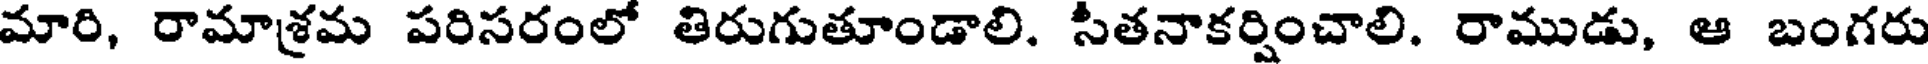
మారి, రామాశ్రమ పరిసరంలో తిరుగుతూండాలి. సీతనాకర్షించాలి. రాముడు, ఆ బంగరు